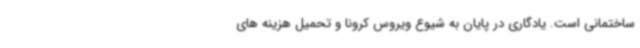
ساختمانی است. یادگاری در پایان به شیوع ویروس کرونا و تحمیل هزینه های